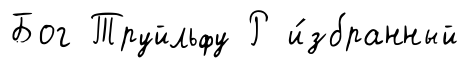
Бог Труйльфу Р и́збранный